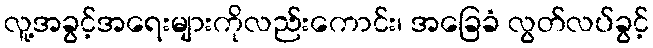
လူ့အခွင့်အရေးများကိုလည်းကောင်း၊ အခြေခံ လွတ်လပ်ခွင့်